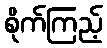
စိုက်ကြည့်